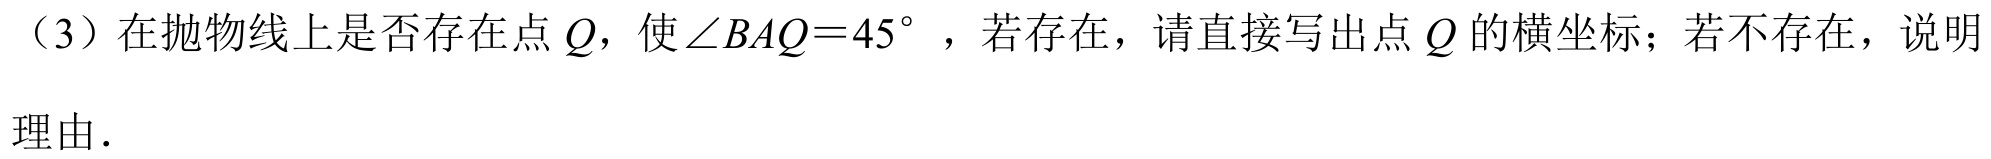
（3）在抛物线上是否存在点\(Q\)，使\(\angle BAQ = 45^{\circ}\) ，若存在，请直接写出点\(Q\)的横坐标；若不存在，说明
理由．